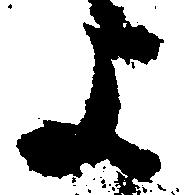
よ